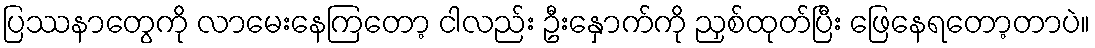
ပြဿနာတွေကို လာမေးနေကြတော့ ငါလည်း ဦးနှောက်ကို ညှစ်ထုတ်ပြီး ဖြေနေရတော့တာပဲ။